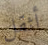
أثقل